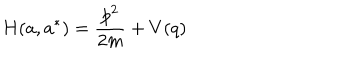
LaTeX: H ( a , a ^ { * } ) = { \frac { p ^ { 2 } } { 2 m } } + V ( q )